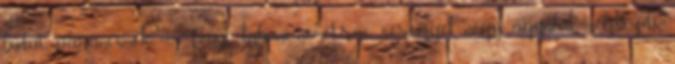
budai parancsnok 1000 főnyi labanc-német-rác sereggel, négy ágyúval megkezdi